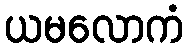
ယမလောကံ